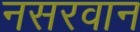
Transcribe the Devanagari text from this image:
नसरवान